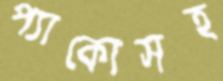
প্যাকোসহ